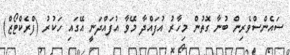
ސައެންސްވެރިން ބުނާ ގޮތުން މިހާރު އުފައްދާ މޭވާ އުފައްދަނީ އޭގައި ހަކުރު (ފްރެކްޓޯޒް)